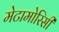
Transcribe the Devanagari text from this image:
मेटामोरिसी